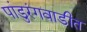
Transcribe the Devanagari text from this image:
पांडुरंगवाडीत